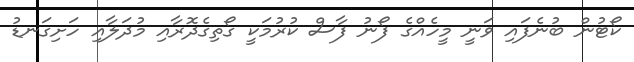
ކޯޓުން ބުނެފައި ވަނީ މީހެއްގެ ފޯނު ފާސް ކުރުމަކީ ގޯތިގެދޮރާއި މުދަލާއި ހަށިގަނޑު